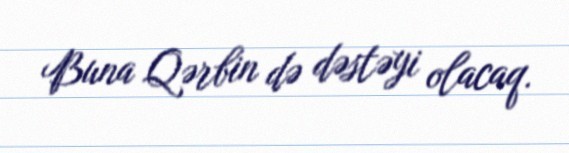
Buna Qərbin də dəstəyi olacaq.